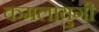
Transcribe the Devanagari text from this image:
कमलायुगी